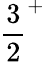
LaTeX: {\frac{3}{2}}^{+}